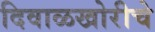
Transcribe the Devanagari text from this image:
दिवाळखोरीचे